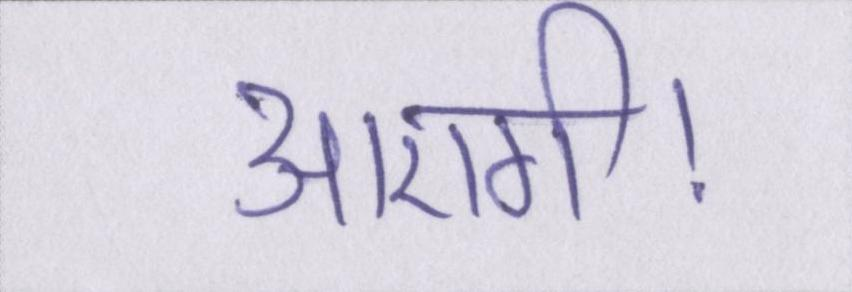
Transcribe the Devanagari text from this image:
आएगी।